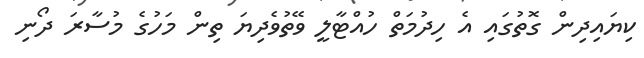
ކިޔައިދިން ގޮތުގައި އެ ހިދުމަތް ހުއްޓާލީ ވޭތުވެދިޔަ ތިން މަހުގެ މުސާރަ ދޯނި